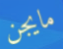
مايجن